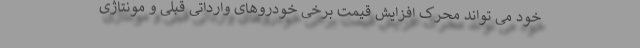
خود می تواند محرک افزایش قیمت برخی خودروهای وارداتی قبلی و مونتاژی